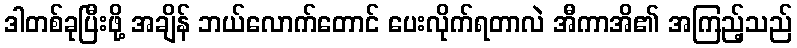
ဒါတစ်ခုပြီးဖို့ အချိန် ဘယ်လောက်တောင် ပေးလိုက်ရတာလဲ အီကာအိ၏ အကြည့်သည်